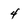
Character: 4